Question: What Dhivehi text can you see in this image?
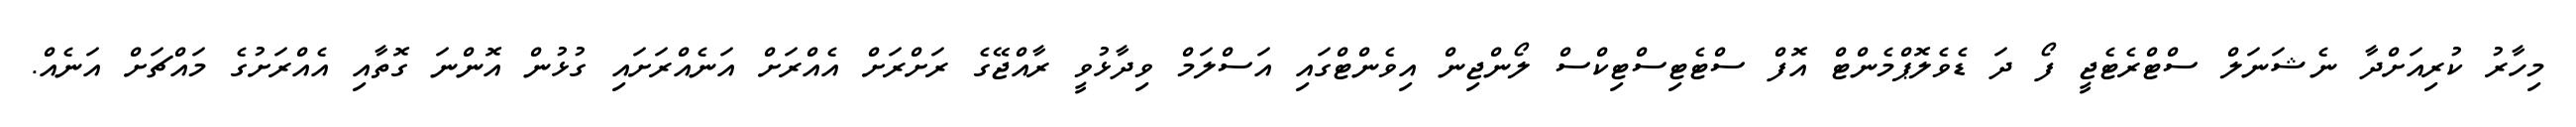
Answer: މިހާރު ކުރިއަށްދާ ނެޝަނަލް ސްޓްރެޓެޖީ ފޯ ދަ ޑެވެލޮޕްމެންޓް އޮފް ސްޓެޓިސްޓިކްސް ލޯންޖިން އިވެންޓްގައި އަސްލަމް ވިދާޅުވީ ރާއްޖޭގެ ރަށްރަށް އެއްރަށް އަނެއްރަށައި ގުޅުން އޮންނަ ގޮތާއި އެއްރަށުގެ މައްޗަށް އަނެއް.